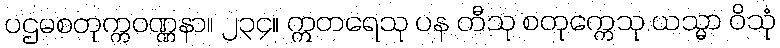
ပဌမစတုက္ကဝဏ္ဏနာ။ ၂၃၄။ ဣတရေသု ပန တီသု စတုက္ကေသု ယသ္မာ ဝိသုံ